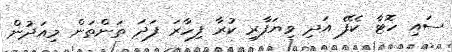
ސައި ހޮޓާ ކެފޭ އަދި ވިޔަފާރި ކުރާ ފިހާރަ ފަދަ ތަންތަން މިއަދުން